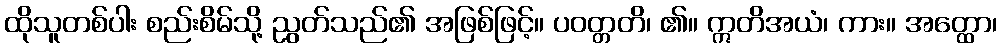
ထိုသူတစ်ပါး စည်းစိမ်သို့ ညွတ်သည်၏ အဖြစ်ဖြင့်။ ပဝတ္တတိ၊ ၏။ ဣတိအယံ၊ ကား။ အတ္ထော၊